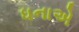
ધનાએ